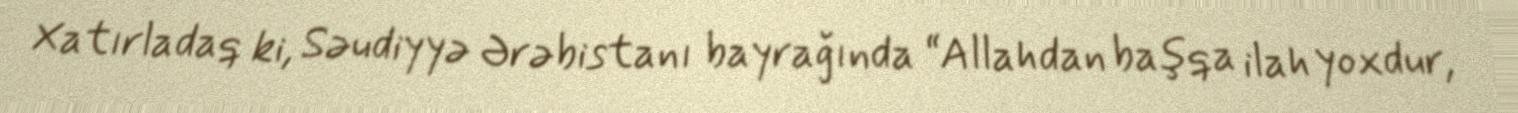
Xatırladaq ki, Səudiyyə Ərəbistanı bayrağında “Allahdan başqa ilah yoxdur,